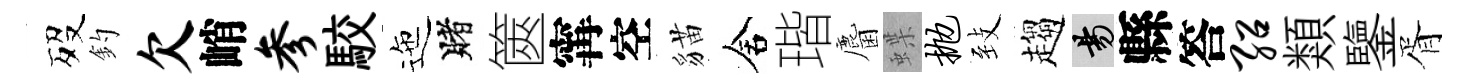
歿釣欠峭参駮迤賭篋𡩋空貓舍瑎麕蝶抛𦤺趨昜縣答绍類鑒胥